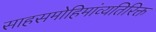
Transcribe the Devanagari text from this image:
साहसमोहिमांव्यतिरिक्त